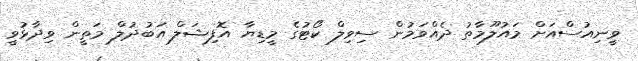
ވީނިއުސްއަށް މައުލޫމާތު ދެއްވަމުން ސިވިލް ކޯޓުގެ މީޑިޔާ އޮފިޝަލް އަބުދުލް މަތީން ވިދާޅުވީ